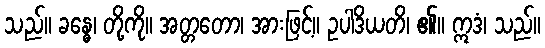
သည်။ ခန္ဓေ၊ တို့ကို။ အတ္တတော၊ အားဖြင့်။ ဥပါဒိယတိ၊ ၏။ ဣဒံ၊ သည်။